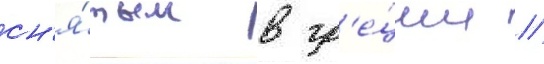
сн'я́тым в гр'е́ции /